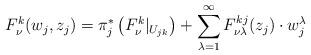
LaTeX: \begin{align*}F^k_\nu(w_j, z_j)=\pi_j^*\left(F^k_\nu|_{U_{jk}}\right)+\sum_{\lambda=1}^\infty F^{kj}_{\nu\lambda}(z_j)\cdot w_j^\lambda\end{align*}